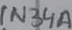
Text: 1N34A